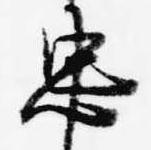
忠